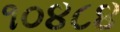
૧૦૪૮૪